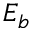
E _ { b }